Scottish Leaving Certificate Examination, 1961
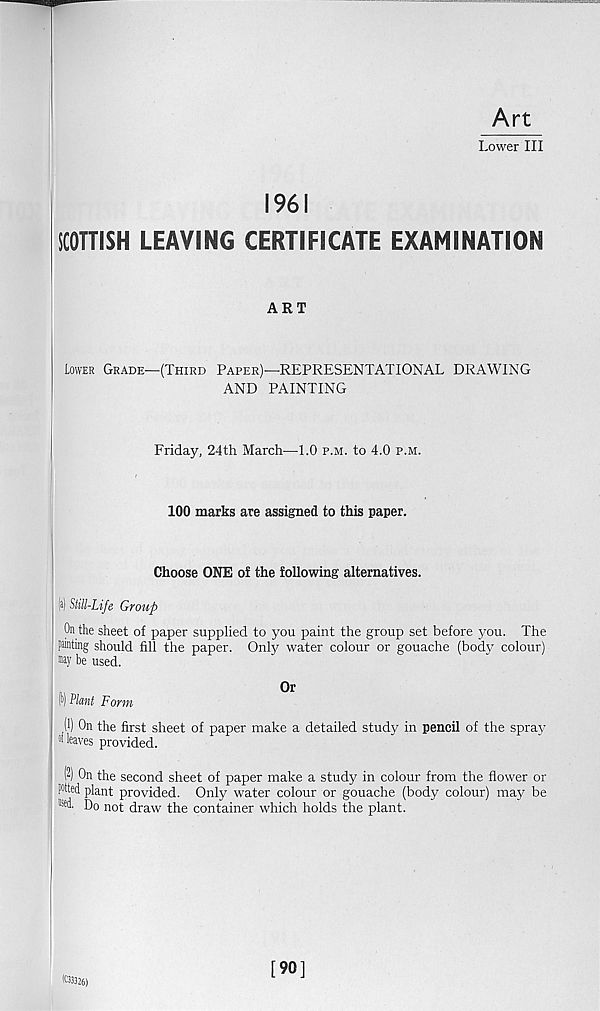
Art
Lower III
1961
SCOTTISH LEAVING CERTIFICATE EXAMINATION
ART
Lower Grade—(Third Paper)—REPRESENTATIONAL DRAWING
AND PAINTING
Friday, 24th March—1.0 p.m. to 4.0 p.m.
100 marks are assigned to this paper.
Choose ONE of the following alternatives.
(i) Still-Life Group
On the sheet of paper supplied to you paint the group set before you. The
painting should fill the paper. Onfy water colour or gouache (body colour)
«)' be used.
Or
I ®) Plant Form
(1) On the first sheet of paper make a detailed study in pencil of the spray
6 ' haves provided.
(2) On the second sheet of paper make a study in colour from the flower or
rted plant provided. Only water colour or gouache (body colour) may be
•id. Do not draw the container which holds the plant.
(C33326)
[90]